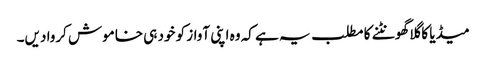
میڈیا کا گلا گھونٹنے کا مطلب یہ ہے کہ وہ اپنی آواز کو خود ہی خاموش کروا دیں۔